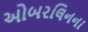
ઓબરલિનના